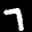
Label: 7